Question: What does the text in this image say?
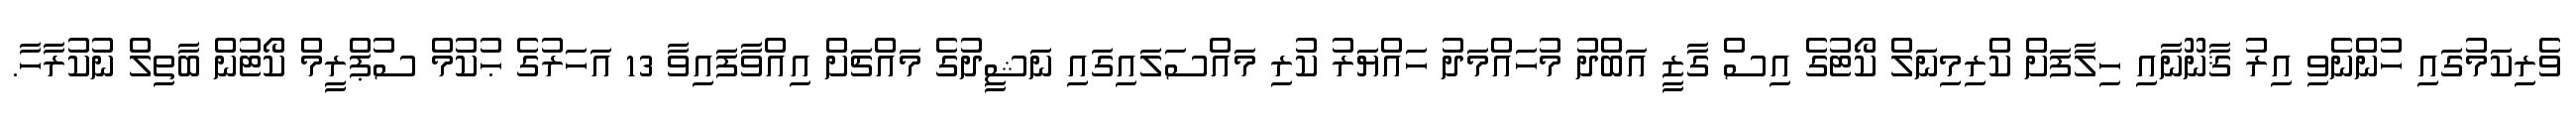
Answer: ވެރިކަމުގައި ހުންނެވި އިރު ޤާނޫނާއި ހިލާފަށް ކްރިމިނަލް ކޯޓުގެ އިސް ގާޒީ އަބްދު މުހައްމަދު ހައްޔަރު ކުރި މައްސަލައިގައި ނަޝީދުގެ މައްޗަށް އިއްވާފައިވާ 13 އަހަރުގެ ޙުކުމް ސުޕްރީމް ކޯޓުން ބާތިލް ނުކުރާހާ.